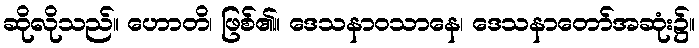
ဆိုလိုသည်။ ဟောတိ၊ ဖြစ်၏။ ဒေသနာဝသာနေ၊ ဒေသနာတော်အဆုံး၌။